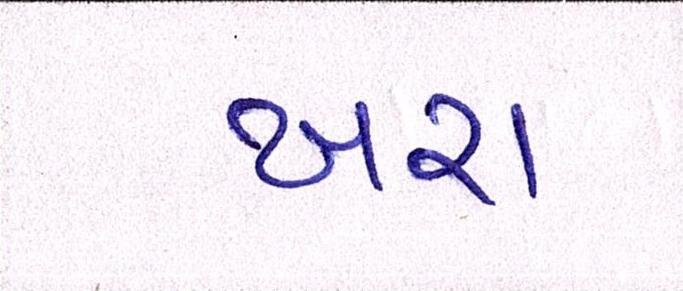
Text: ખરા